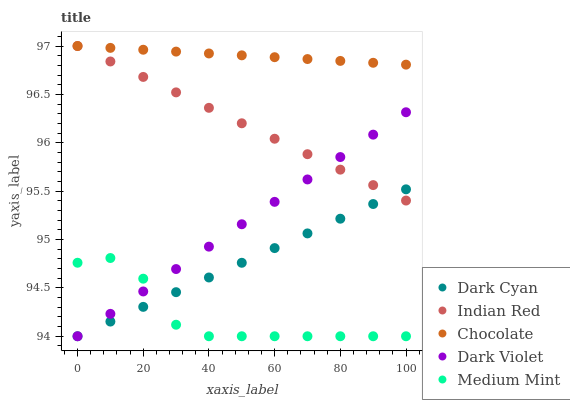
| xaxis_label | Dark Cyan | Indian Red | Chocolate | Dark Violet | Medium Mint |
 | --- | --- | --- | --- | --- | --- |
 | 0 | 94 | 97 | 97 | 94 | 94.8 |
 | 10 | 94.2 | 96.8 | 97 | 94.2 | 94.8 |
 | 20 | 94.3 | 96.7 | 97 | 94.5 | 94.6 |
 | 30 | 94.5 | 96.5 | 96.9 | 94.7 | 94.1 |
 | 40 | 94.6 | 96.4 | 96.9 | 94.9 | 94 |
 | 50 | 94.8 | 96.2 | 96.9 | 95.2 | 94 |
 | 60 | 94.9 | 96 | 96.9 | 95.4 | 94 |
 | 70 | 95.1 | 95.9 | 96.9 | 95.6 | 94 |
 | 80 | 95.2 | 95.7 | 96.8 | 95.9 | 94 |
 | 90 | 95.4 | 95.6 | 96.8 | 96.1 | 94 |
 | 100 | 95.5 | 95.4 | 96.8 | 96.3 | 94 |